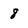
Character: 8